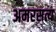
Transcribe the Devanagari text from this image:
अमरसत्य